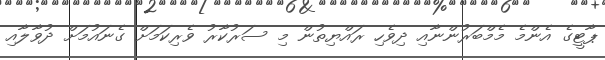
ޕާޓީގެ އެންމެ މެމްބަރުންނާއި ދިވެހި ރައްޔިތުން މި ސަރުކާރު ވެރިކަމަށް ގެނައުމަށް ދުވާލާއި